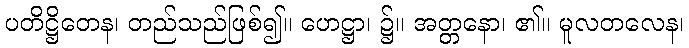
ပတိဋ္ဌိတေန၊ တည်သည်ဖြစ်၍။ ဟေဋ္ဌာ၊ ၌။ အတ္တနော၊ ၏။ မူလတလေန၊